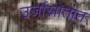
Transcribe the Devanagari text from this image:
उर्जास्रोतात